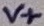
Text: V+